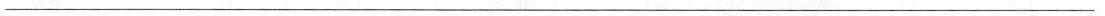
___